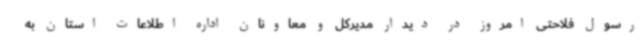
رسول فلاحتی امروز در دیدار مدیرکل و معاونان اداره اطلاعات استان به